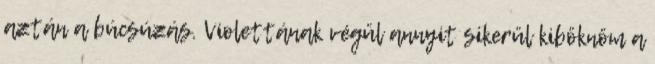
aztán a búcsúzás. Violettának végül annyit sikerül kiböknöm a